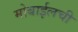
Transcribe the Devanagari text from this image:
मोबाईलची